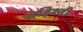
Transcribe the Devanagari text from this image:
बहिश्ती